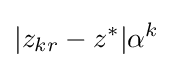
|z_{kr}-z^{*}|\alpha ^{k}